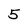
Character: 5